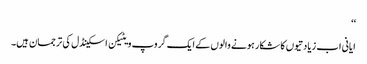
‘‘
ایانی اب زیادتیوں کا شکار ہونے والوں کے ایک گروپ ویٹیکن اسکینڈل کی ترجمان ہیں۔